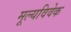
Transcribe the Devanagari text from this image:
मूल्यविवेक